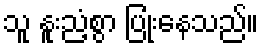
သူ နူးညံ့စွာ ပြုံးနေသည်။